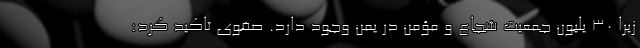
زیرا ۳۰ یلیون جمعیت شجاع و مؤمن در یمن وجود دارد. صفوی تاکید کرد: